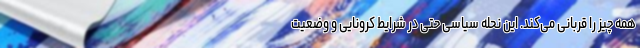
همه چیز را قربانی می‌کند. این نحله سیاسی حتی در شرایط کرونایی و وضعیت